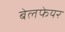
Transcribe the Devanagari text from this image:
बेलफेयर